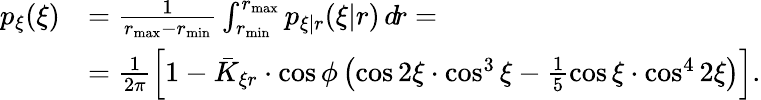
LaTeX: \begin{array}{rl}{p_{\xi}(\xi)}&{=\frac{1}{r_{\mathrm{max}}-r_{\mathrm{min}}}\int_{r_{\mathrm{min}}}^{r_{\mathrm{max}}}p_{\xi|r}(\xi|r)\, d\! r=}\\ &{=\frac{1}{2\pi}\left[1-\bar{K}_{\xi r}\cdot\cos\phi\left(\cos 2\xi\cdot\cos^{3}\xi-\frac{1}{5}\cos\xi\cdot\cos^{4}2\xi\right)\right]\mathrm{.}}\end{array}